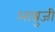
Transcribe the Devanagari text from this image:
आश्रुजी